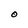
Character: O